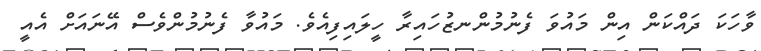
ވާހަކަ ދައްކަން އިން މައުވަ ފެނުމުންނޒުހައިރާ ހީލައިފިއެވެ. މައުވާ ފެނުމުންވެސް އޭނައަށް އެއީ